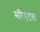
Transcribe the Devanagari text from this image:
मरिएंटल